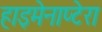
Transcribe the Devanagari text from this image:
हाइमेनाप्टेरा